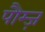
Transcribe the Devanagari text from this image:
पौम्ज़